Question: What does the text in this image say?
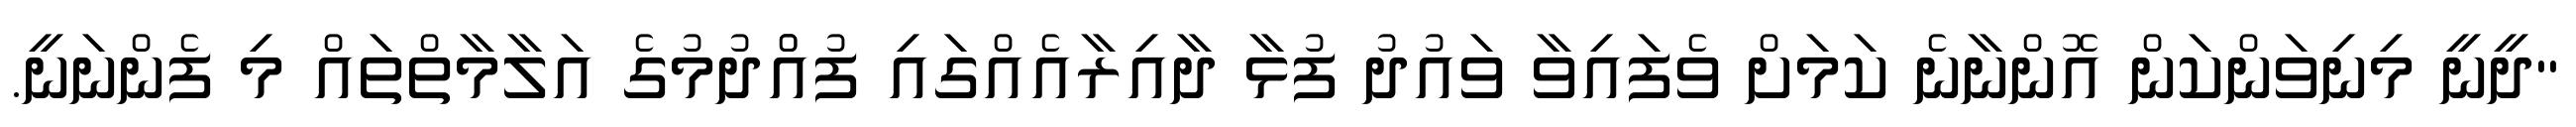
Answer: "ދީނީ މިނިވަންކަން އޮންނާނެ ކަމަށް ވެފައިވާ ވައުދު ފުޅާ ދާއިރާއެއްގައި ފުއްުދުމުގެ އަލާމާތްތައް މި ފެންނަނީ.